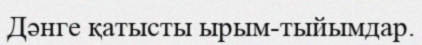
Дәнге қатысты ырым-тыйымдар.